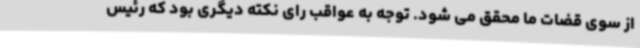
از سوی قضات ما محقق می شود. توجه به عواقب رای نکته دیگری بود که رئیس